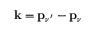
\mathbf { k } = { \mathbf { p } } _ { \nu ^ { \prime } } - { \mathbf { p } _ { \nu } }